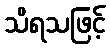
သိရသဖြင့်